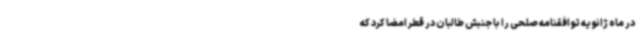
در ماه ژانویه توافقنامه صلحی را با جنبش طالبان در قطر امضا کرد که